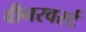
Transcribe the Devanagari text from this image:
वीनरवर्स्ट